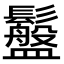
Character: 䰔